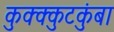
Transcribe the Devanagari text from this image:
कुक्क्कुटकुंबा